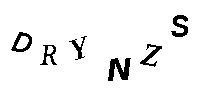
DRYNZS